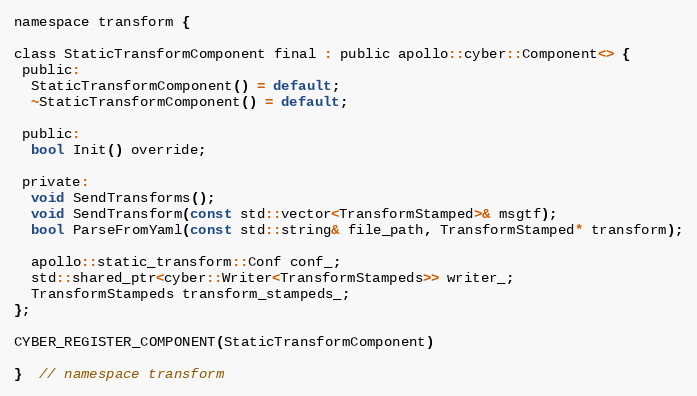
Language: C
namespace transform {

class StaticTransformComponent final : public apollo::cyber::Component<> {
 public:
  StaticTransformComponent() = default;
  ~StaticTransformComponent() = default;

 public:
  bool Init() override;

 private:
  void SendTransforms();
  void SendTransform(const std::vector<TransformStamped>& msgtf);
  bool ParseFromYaml(const std::string& file_path, TransformStamped* transform);

  apollo::static_transform::Conf conf_;
  std::shared_ptr<cyber::Writer<TransformStampeds>> writer_;
  TransformStampeds transform_stampeds_;
};

CYBER_REGISTER_COMPONENT(StaticTransformComponent)

}  // namespace transform